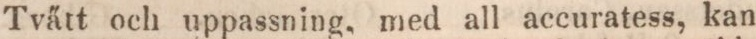
Tvätt och uppassning, med all accuratess, kan